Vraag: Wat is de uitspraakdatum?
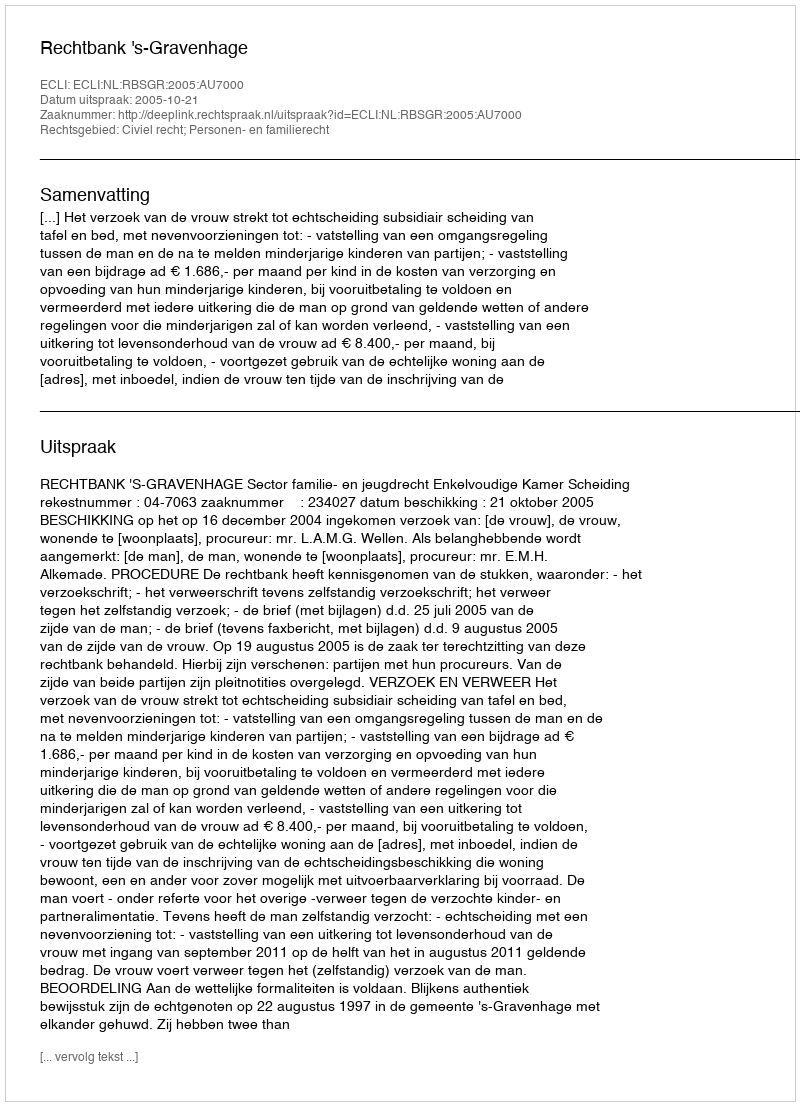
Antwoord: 2005-10-21